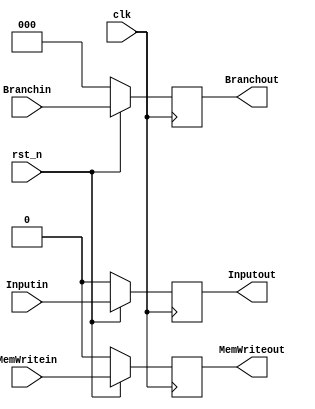
module phase4ctl(
	input MemWritein, Inputin,
	input [2:0] Branchin,
	input clk,rst_n,
	output reg MemWriteout, Inputout,
	output reg [2:0] Branchout);
	always @ (posedge clk) begin
		if(!rst_n) begin
			MemWriteout <= 1'b0;
			Inputout <= 1'b0;
			Branchout <= 3'b000;
		end else begin
			MemWriteout <= MemWritein;
			Inputout <= Inputin;
			Branchout <= Branchin;
		end
	end
endmodule